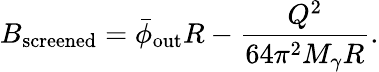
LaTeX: B_{\mathrm{screened}}=\bar{\phi}_{\mathrm{out}}R-\frac{Q^{2}}{64\pi^{2}M_{\gamma}R}.